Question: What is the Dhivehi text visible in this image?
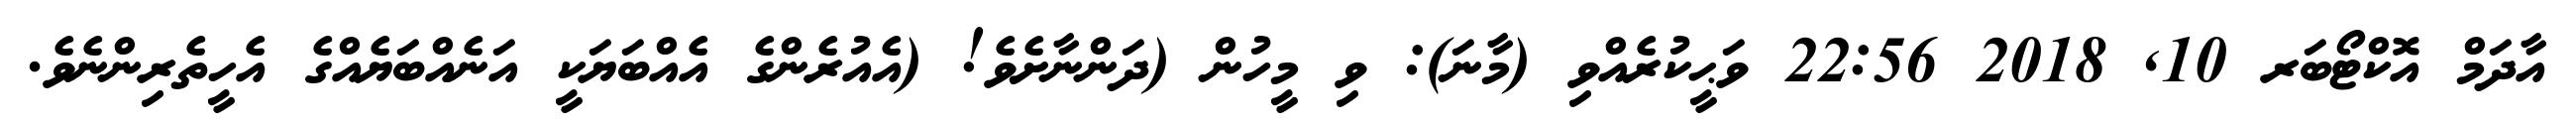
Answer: އާދަމް އޮކްޓޯބަރ 10, 2018 22:56 ވަޙީކުރެއްވި (މާނަ): ވި މީހުން (ދަންނާށެވެ! (އެއުރެންގެ އެއްބަޔަކީ އަނެއްބަޔެއްގެ އެހީތެރިންނެވެ.